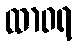
ထာဝရ